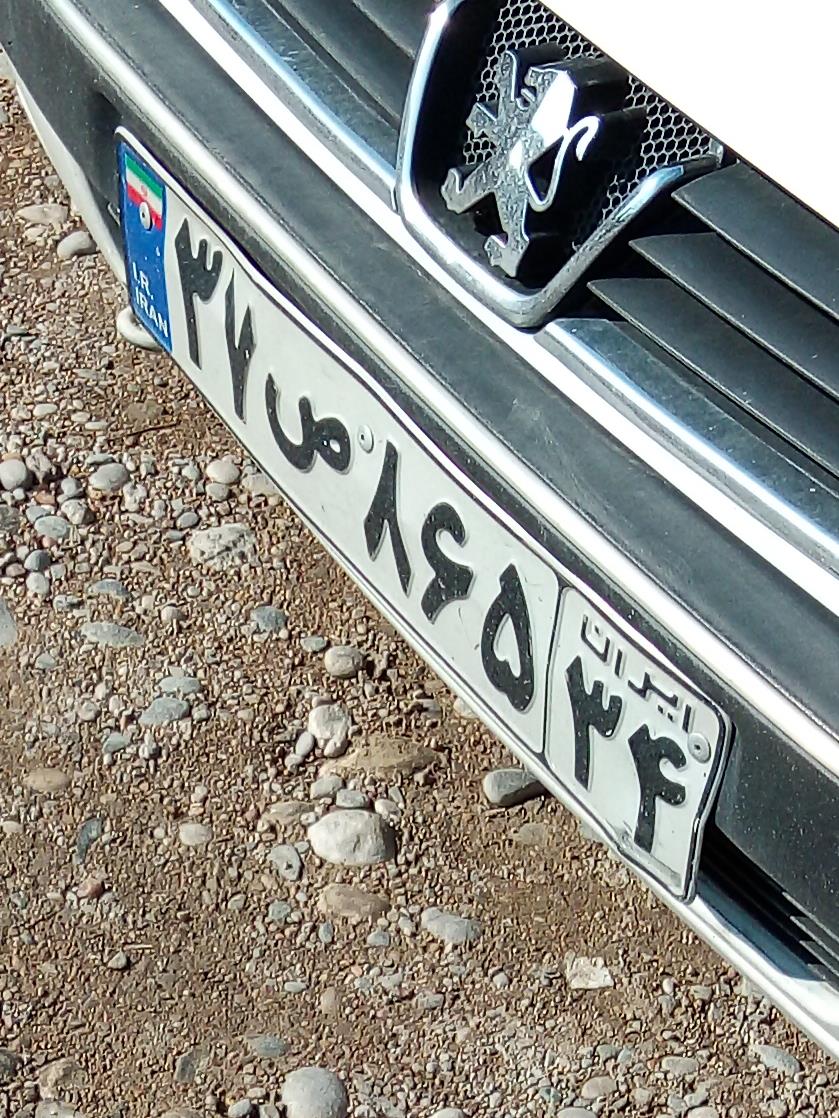
۳۷ص۸۶۵۳۴